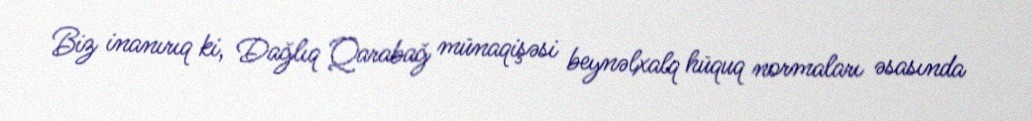
Biz inanırıq ki, Dağlıq Qarabağ münaqişəsi beynəlxalq hüquq normaları əsasında